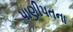
પાણીપતના